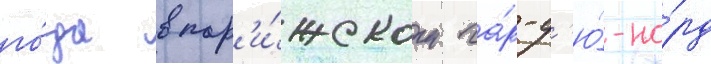
го́да в пар'и́жском га́р-д'ю́-но́рд